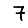
Digit: 7